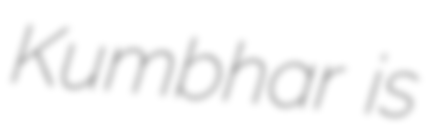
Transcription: Kumbhar is